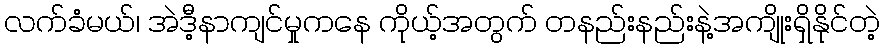
လက်ခံမယ်၊ အဲဒီ့နာကျင်မှုကနေ ကိုယ့်အတွက် တနည်းနည်းနဲ့အကျိုးရှိနိုင်တဲ့